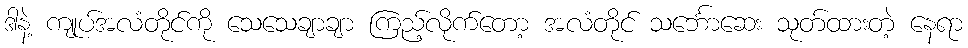
ဒါနဲ့ ကျုပ်အလံတိုင်ကို သေသေချာချာ ကြည့်လိုက်တော့ အလံတိုင် သင်္ဘောဆေး သုတ်ထားတဲ့ နေရာ